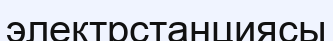
электрстанциясы